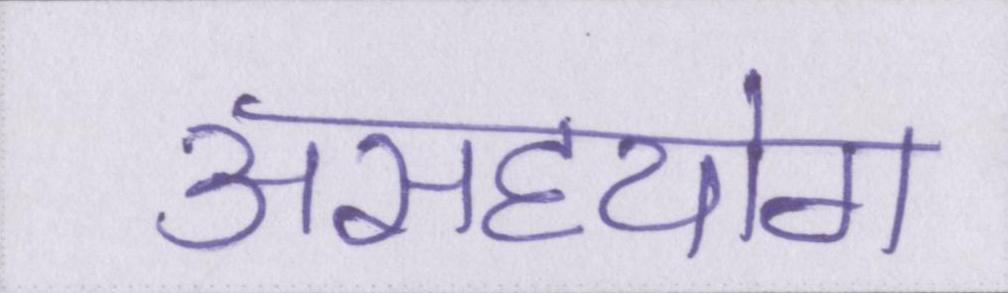
असहयोग